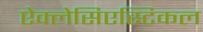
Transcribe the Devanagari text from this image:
ऐक्लेसिएस्टिकल